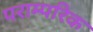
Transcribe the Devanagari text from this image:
पराम्परिक